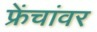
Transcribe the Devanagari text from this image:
फ्रेंचांवर